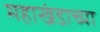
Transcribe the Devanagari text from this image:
महाखंडाच्या